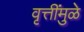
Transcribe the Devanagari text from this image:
वृत्तींमुळे